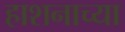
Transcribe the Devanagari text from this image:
हाशनाच्या